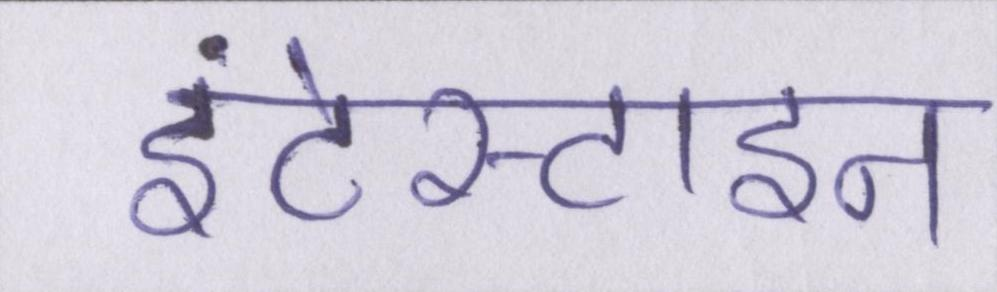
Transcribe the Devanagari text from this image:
इंटेस्टाइन